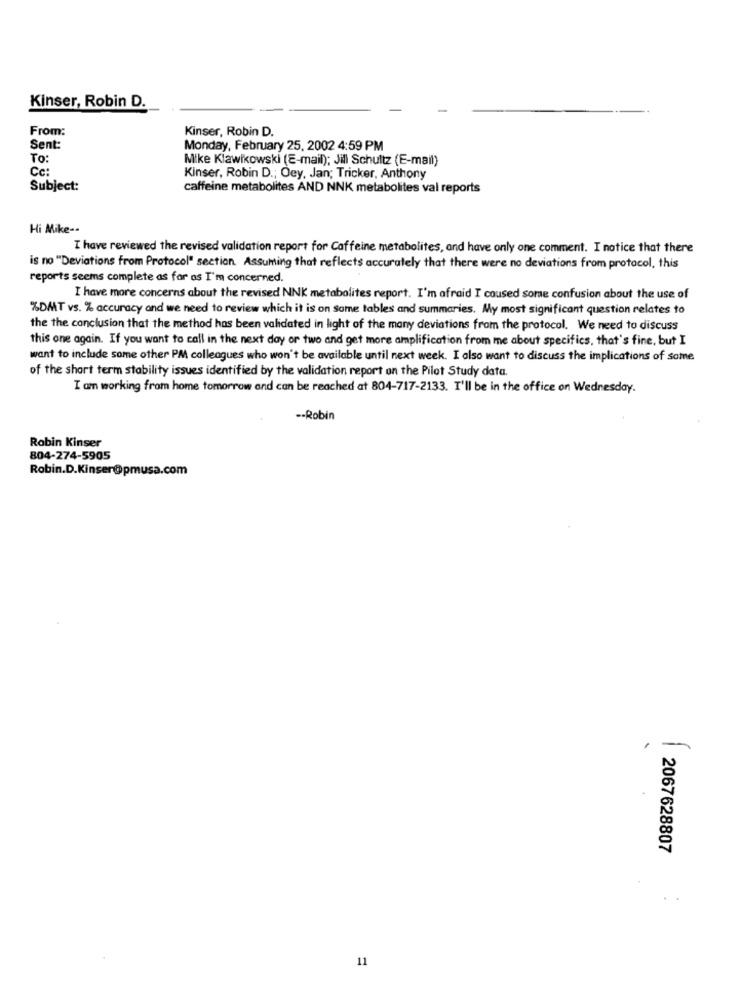
Kinser, Robin D.
From:
Kinser, Robin D.
Sent:
Monday, February 25, 2002 4:59 PM
To:
Mike Klawikowski (E-mail); Jill Schultz (E-mail)
Cc:
Kinser, Robin D .; Oey, Jan; Tricker, Anthony
Subject:
caffeine metabolites AND NNK metabolites val reports
Hi Mike --
I have reviewed the revised validation report for Caffeine metabolites, and have only one comment. I notice that there
is no "Deviations from Protocol" section. Assuming that reflects accurately that there were no deviations from protocol, this
reports seems complete as far as I'm concerned.
I have more concerns about the revised NNK metabolites report. I'm afraid I caused some confusion about the use of
%DMT vs. % accuracy and we need to review which it is on some tables and summaries. My most significant question relates to
the the conclusion that the method has been validated in light of the many deviations from the protocol. We need to discuss
this one again. If you want to call in the next day or two and get more amplification from me about specifics, that's fine, but I
want to include some other PM colleagues who won't be available until next week. I also want to discuss the implications of some
of the short term stability issues identified by the validation report on the Pilot Study data.
I am working from home tomorrow and can be reached at 804-717-2133. I'll be in the office on Wednesday.
-- Robin
Robin Kinser
804-274-5905
Robin.D.Kinser@pmusa.com
2067628807
11